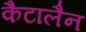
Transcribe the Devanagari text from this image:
कैटालैन